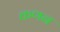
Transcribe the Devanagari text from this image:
कणन